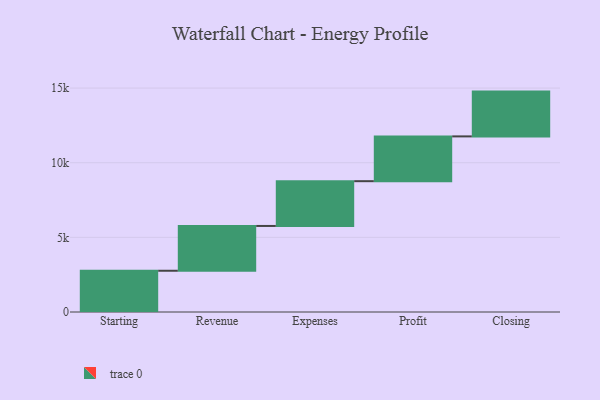
{"axis": {"x": "Step", "y": "Value"}, "legend": [""], "data": [{"x": "Starting", "y": 2763.0, "type": ""}, {"x": "Revenue", "y": 3000, "type": ""}, {"x": "Expenses", "y": 3000, "type": ""}, {"x": "Profit", "y": 3000, "type": ""}, {"x": "Closing", "y": 3000, "type": ""}]}